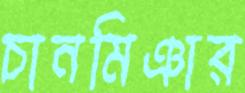
চানমিঞার